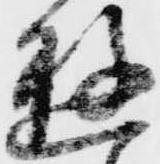
遊